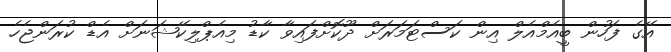
އޭގެ ފަހުން ބީއެމްއެލް އިން ކަސްޓަމަރަށް ދޫކޮށްފައިވާ ކާޑު މިއެޕްލިކޭޝަނަށް އެޑް ކުރަންޖެހެ